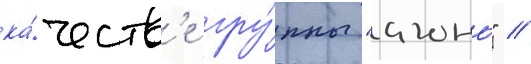
ка́честв'е гру́ппы "агонь" //